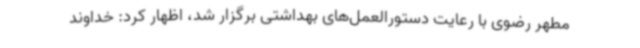
مطهر رضوی با رعایت دستورالعمل‌های بهداشتی برگزار شد، اظهار کرد: خداوند